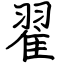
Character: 翟